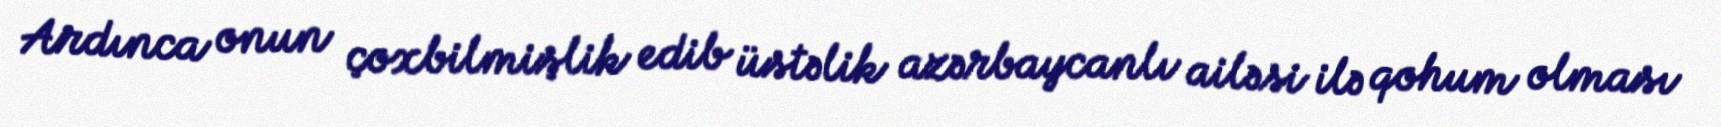
Ardınca onun çoxbilmişlik edib üstəlik azərbaycanlı ailəsi ilə qohum olması